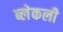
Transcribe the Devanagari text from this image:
ब्लेकली